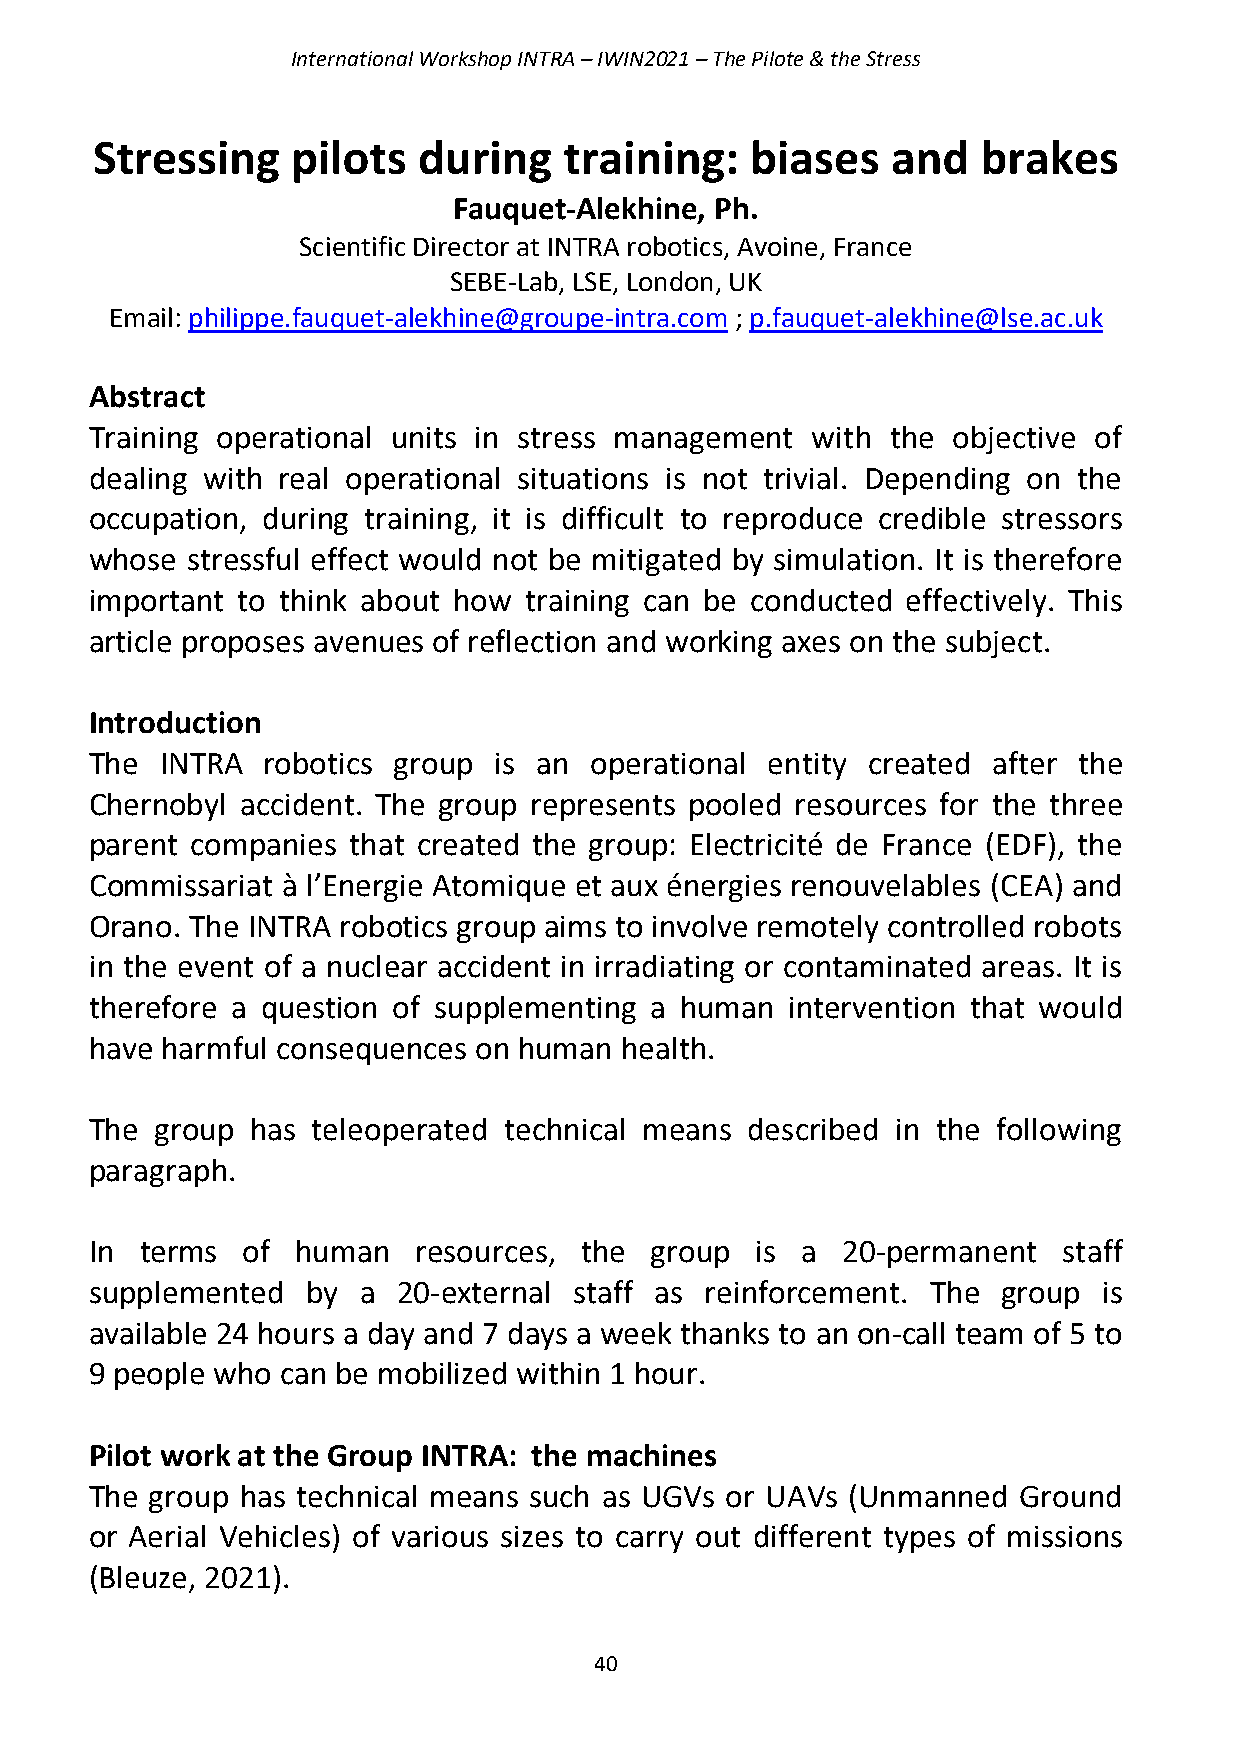
International Workshop INTRA – IWIN2021 – The Pilote & the Stress
 Stressing    pilots   during   training:    biases   and   brakes
 Fauquet-Alekhine, Ph.
 Scientific Director at INTRA robotics, Avoine, France
 SEBE-Lab, LSE, London, UK
 Email: philippe.fauquet-alekhine@groupe-intra.com ; p.fauquet-alekhine@lse.ac.uk
 Abstract
 Training operational units in stress management with the objective of
 dealing with real operational situations is not trivial. Depending on the
 occupation, during training, it is difficult to reproduce credible stressors
 whose stressful effect would not be mitigated by simulation. It is therefore
 important to think about how training can be conducted effectively. This
 article proposes avenues of reflection and working axes on the subject.
 Introduction
 The  INTRA robotics group  is an operational entity created after the
 Chernobyl accident. The group represents pooled resources for the three
 parent companies that created the group: Electricité de France (EDF), the
 Commissariat à l’Energie Atomique et aux énergies renouvelables (CEA) and
 Orano. The INTRA robotics group aims to involve remotely controlled robots
 in the event of a nuclear accident in irradiating or contaminated areas. It is
 therefore a question of supplementing a human intervention that would
 have harmful consequences on human health.
 The group  has teleoperated technical means described in the following
 paragraph.
 In terms  of  human   resources, the group  is a  20-permanent  staff
 supplemented  by  a 20-external staff as reinforcement. The group  is
 available 24 hours a day and 7 days a week thanks to an on-call team of 5 to
 9 people who can be mobilized within 1 hour.
 Pilot work at the Group INTRA: the machines
 The group has technical means such as UGVs or UAVs (Unmanned Ground
 or Aerial Vehicles) of various sizes to carry out different types of missions
 (Bleuze, 2021).
 40